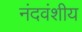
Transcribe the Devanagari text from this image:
नंदवंशीय